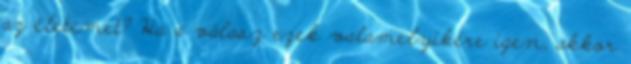
az életemet? Ha a válasz ezek valamelyikére igen, akkor